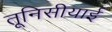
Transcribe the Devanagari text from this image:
तूनिसीयाई